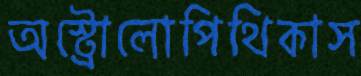
অস্ট্রোলোপিথিকাস